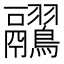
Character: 𪈊